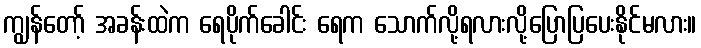
ကျွန်တော့် အခန်းထဲက ရေပိုက်ခေါင်း ရေက သောက်လို့ရလားလို့ပြောပြပေးနိုင်မလား။